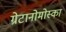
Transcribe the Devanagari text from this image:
ग्रेटानोमोस्का